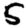
Digit: 5